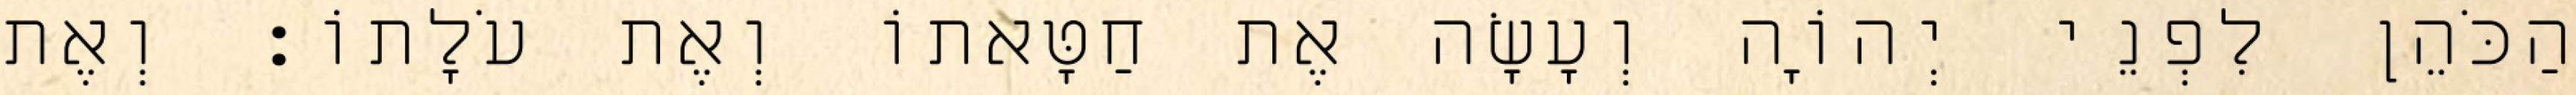
הַכֹּהֵן לִפְנֵי יְהוָֹה וְעָשָׂה אֶת חַטָּאתוֹ וְאֶת עֹלָתוֹ׃ וְאֶת